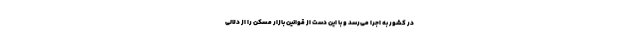
در کشور به اجرا می‌رسد و با این دست از قوانین بازار مسکن را از دلالی